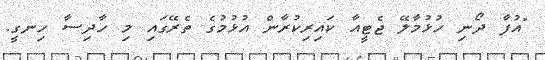
"އުފާ ދޯނި ހުޅުމާލޭ ޖެޓީއާ ކައިރިކުރާން އުޅުމުގެ ތެރޭގައި މި ހާދިސާ ހިނގީ.